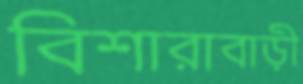
বিশারাবাড়ী